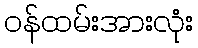
ဝန်ထမ်းအားလုံး